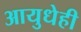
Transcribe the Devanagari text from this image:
आयुधेही